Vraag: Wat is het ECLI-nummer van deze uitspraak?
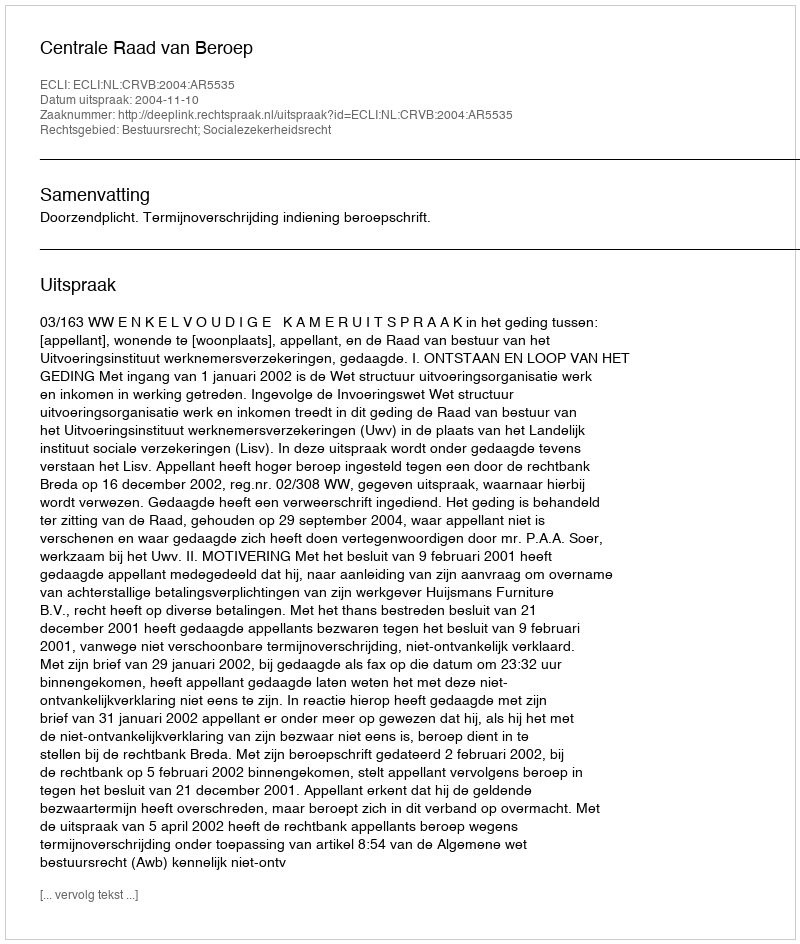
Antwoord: ECLI:NL:CRVB:2004:AR5535